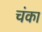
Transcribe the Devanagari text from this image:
चंका